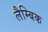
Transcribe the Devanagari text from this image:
लैम्बिक